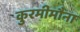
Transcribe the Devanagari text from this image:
कुरमीमौना